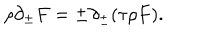
\rho \partial _ { \pm } F = \pm \partial _ { \pm } ( \tau \rho F ) .